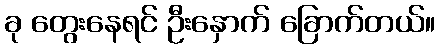
ခု တွေးနေရင် ဦးနှောက် ခြောက်တယ်။